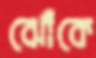
ঝোঁকে